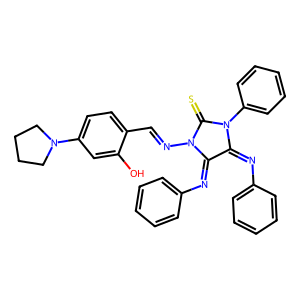
SMILES: Oc1cc(N2CCCC2)ccc1C=NN1C(=S)N(c2ccccc2)C(=Nc2ccccc2)C1=Nc1ccccc1
Inhibits HIV replication: No